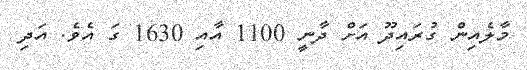
މާލެއިން ގުރައިދޫ އަށް ދާނީ 1100 އާއި 1630 ގަ އެވެ. އަދި